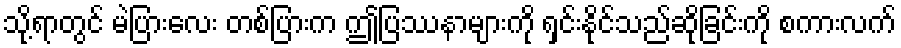
သို့ရာတွင် မဲပြားလေး တစ်ပြားက ဤပြဿနာများကို ရှင်းနိုင်သည်ဆိုခြင်းကို စကားလက်